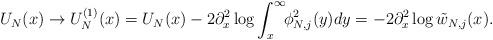
LaTeX: \begin{align*}U_N(x)\to U_N^{(1)}(x)=U_N(x)-2\partial_x^2\log\int_x^\infty\!\!\phi^2_{N,j}(y)dy=-2\partial_x^2\log\tilde{w}_{N,j}(x).\end{align*}